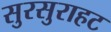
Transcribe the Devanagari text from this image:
सुरसुराहट